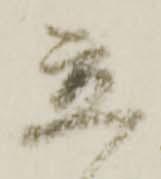
立